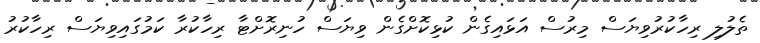
ތެލުލި ރިހާކުރުވިޔަސް މިރުސް އަޅައިގެން ކުޅިކޮށްގެން ވިޔަސް ހުނިރޮށްޓާ ރިހާކުރާ ކަމުގައިވިޔަސް ރިހާކުރު